Scottish Leaving Certificate Examination, 1959
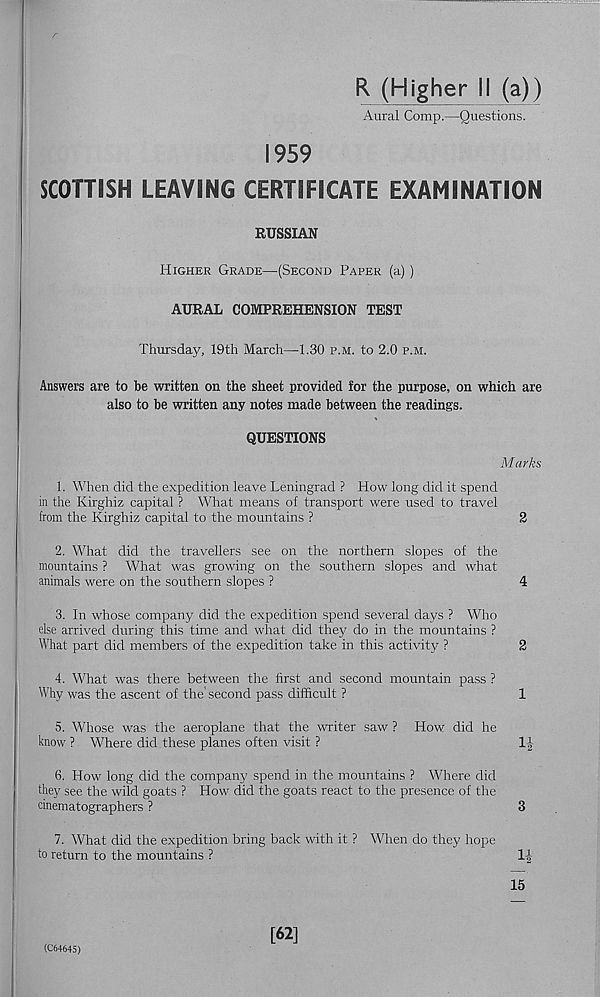
R (Higher II (a))
Aural Comp.—Questions.
1959
SCOTTISH LEAVING CERTIFICATE EXAMINATION
RUSSIAN
Higher Grade—(Second Paper (a) )
AURAL COMPREHENSION TEST
Thursday, 19th March—1.30 p.m. to 2.0 p.m.
Answers are to be written on the sheet provided for the purpose, on which are
also to be written any notes made between the readings.
QUESTIONS
Marks
1. When did the expedition leave Leningrad ? How long did it spend
in the Kirghiz capital ? What means of transport were used to travel
from the Kirghiz capital to the mountains ?
2
2. What did the travellers see on the northern slopes of the
mountains ? What was growing on the southern slopes and what
animals were on the southern slopes ?
4
3. In whose company did the expedition spend several days ? Who
else arrived during this time and what did they do in the mountains ?
What part did members of the expedition take in this activity ?
2
4. What was there between the first and second mountain pass ?
Why was the ascent of the' second pass difficult ?
1
5. Whose was the aeroplane that the writer saw ? How did he
know ? Where did these planes often visit ?
I J
6. How long did the company spend in the mountains ? Where did
they see the wild goats ? How did the goats react to the presence of the
cinematographers ?
3
7. What did the expedition bring back with it ? When do they hope
to return to the mountains ?
1-|
(C64645)
[62]